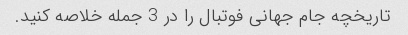
تاریخچه جام جهانی فوتبال را در 3 جمله خلاصه کنید.